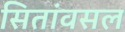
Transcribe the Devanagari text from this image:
सितांवसल